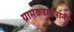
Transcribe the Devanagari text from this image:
ग्रामकडाईपानी